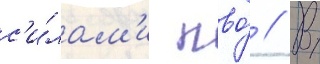
с'и́лам'и пво́ // В